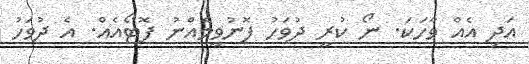
އަދި އެއް ވާހަކަ. ނޯ ކުރީ ދުވަހު ފޮނުވީމެއްނު ފޮޓޯއެއް. އެ ދުވަހު